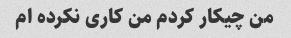
من چیکار کردم من کاری نکرده ام